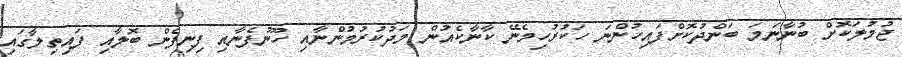
ޖުމުލަކޮށް ބުނާނަމަ ބަންދުކޮށްފައިހުންނަ ހަކުރުހިމެނޭ ކާނާކެއުން މަދުކުރުމުންނާއި ހޫނުފެނާއި ފިނިފެން ބޮލާއި ފައިތިލާގައި